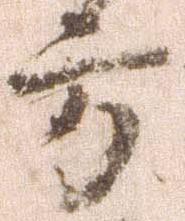
方